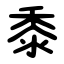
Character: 黍